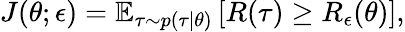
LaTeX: J(\theta;\epsilon)=\mathbb{E}_{\tau\sim p(\tau\mid\theta)}\left[R(\tau)\geq R_{\epsilon}(\theta)\right],